Insane asylums in Bengal annual reports 1867-1875 - 1867-1875
Year: 1867
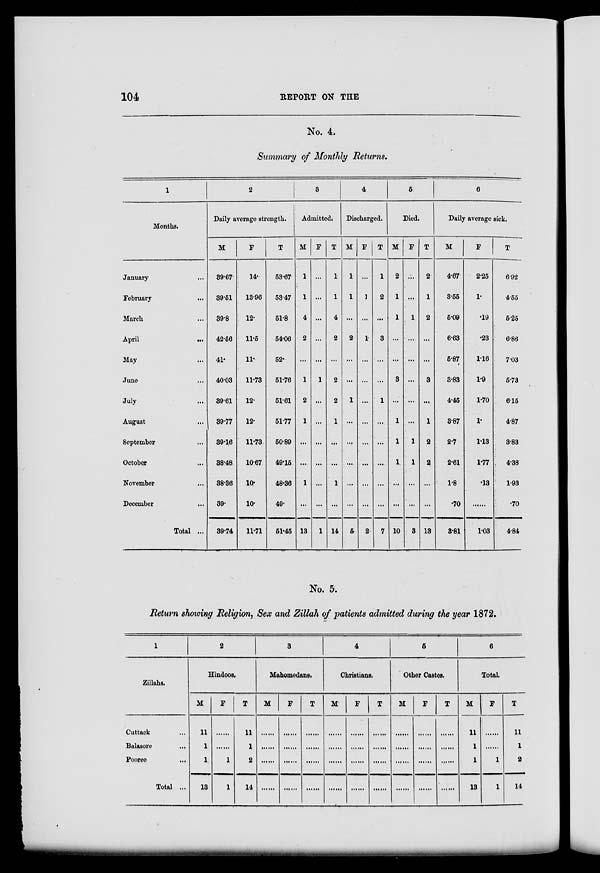
104
REPORT ON THE
No. 4.
Summary of Monthly Returns.
1
Months.
January ...
February ...
March ...
April
...
May ...
June ...
July ...
August ...
September ...
October ...
November ...
December ...
Total ...
2
Daily average strength.
M
39.67
39.51
39.8
42.56
41.
40.03
39.61
39.77
39.16
38.48
38.36
39.
39.74
F
14.
13.96
12.
11.5
11.
11.73
12.
12.
11.73
10.67
10.
10.
11.71
T
53.67
53.47
51.8
54.06
52.
51.76
51.61
51.77
50.89
49.15
48.36
49.
51.45
3
Admitted.
M
1
1
4
2
...
1
2
1
...
...
1
...
13
F
...
...
...
...
...
1
...
...
...
...
...
...
1
T
1
1
4
2
...
2
2
1
...
...
1
...
14
4
Discharged.
M
1
1
...
2
...
...
1
...
...
...
...
...
5
F
...
1
...
1
...
...
...
...
...
...
...
...
2
T
1
2
...
3
...
...
1
...
...
...
...
...
7
5
Died.
M
2
1
1
...
....
3
...
1
1
1
...
...
10
F
...
...
1
...
...
...
...
...
1
1
...
...
3
T
2
1
2
...
...
3
...
1
2
2
...
...
13
6
Daily average sick.
M
4.67
3.55
5.09
6.63
5.87
3.83
4.45
3.87
2.7
2.61
1.8
.70
3.81
F
2.25
1.
.19
.23
1.16
1.9
1.70
1.
1.13
1.77
.13
......
1.03
T
6.92
4.55
5.25
6.86
7.03
5.73
6.15
4.87
3.83
4.38
1.93
.70
4.84
No. 5.
Return showing Religion, Sex and Zillah of patients admitted during the year 1872.
1
Zillahs.
Cuttack ...
Balasore ...
Pooree ...
Total ...
2
Hindoos.
M
11
1
1
13
F
......
......
1
1
T
11
1
2
14
3
Mahomedans.
M
......
......
......
......
F
......
......
......
......
T
......
......
......
......
4
Christians.
M
......
......
......
......
F
......
......
......
......
T
......
......
......
......
5
Other Castes.
M
......
......
......
......
F
......
......
......
......
T
......
......
......
......
6
Total.
M
11
1
1
13
F
......
......
1
1
T
11
1
2
14